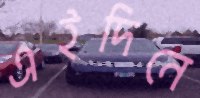
এইদিনে